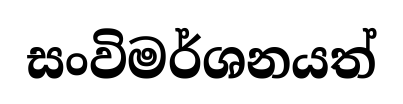
සංවිමර්ශනයත්